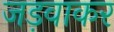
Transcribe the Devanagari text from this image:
जड़वाकर